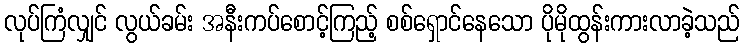
လုပ်ကြံလျှင် လွယ်ခမ်း အနီးကပ်စောင့်ကြည့် စစ်ရှောင်နေသော ပိုမိုထွန်းကားလာခဲ့သည်